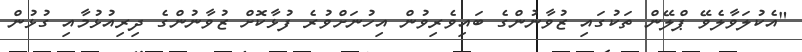
"އެކުލަވާލެވޭ ޕްލޭން ތަކުގައި ޒުވާނުންގެ ބައިވެރިވުން އިހުނަށްވުރެ ފުޅާކޮށް ޒުވާނުންގެ ދިރިއުޅުމާއި ގުޅުން